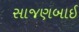
સાજણબાઈ